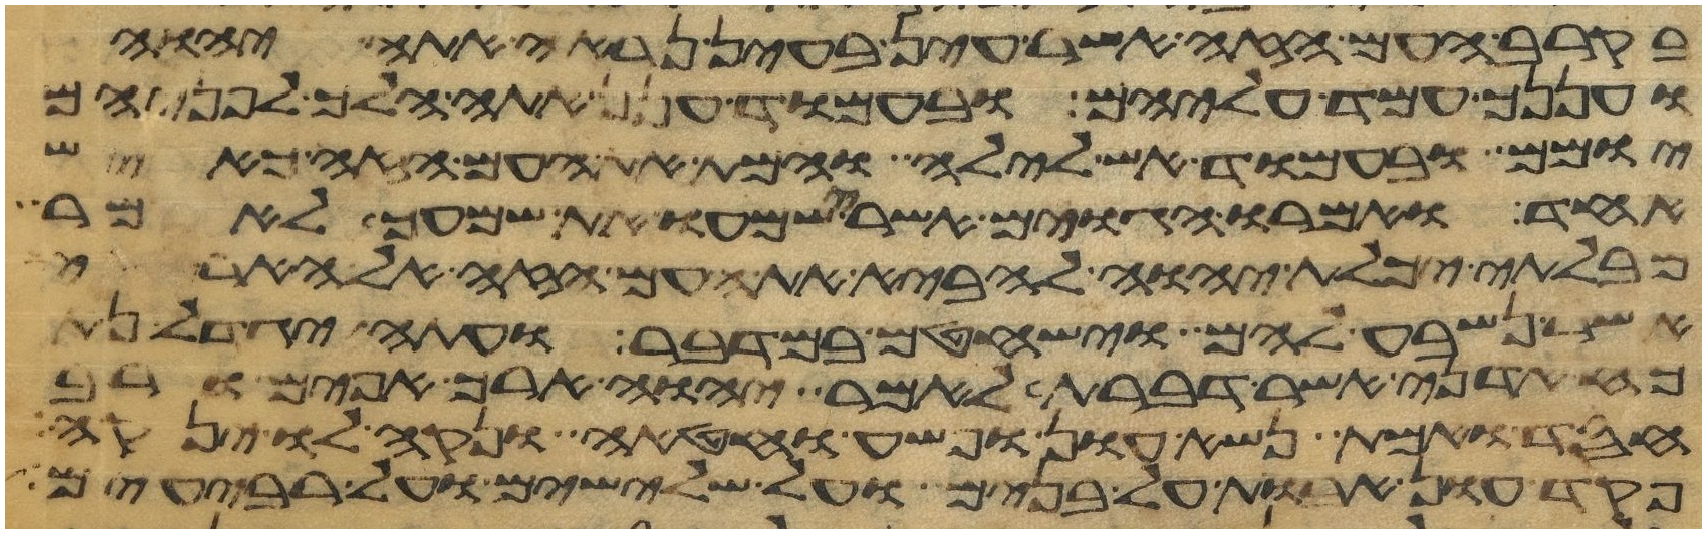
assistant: בקרב העם הזה אשר עין בעין נראה אתה יהוה
ועננך עמד עליהם ובעמוד ענן אתה הלך לפניהם
יומם ובעמוד אש לילה והמת את העם הזה כאיש
אחד ואמרו הגוים אשר שמעו את שמעך לאמר
מבלתי יכלת יהוה להביא את העם הזה אל הארץ
אשר נשבע להם וישחטם במדבר ועתה יגדל
כח אדני כאשר דברת לאמר יהוה ארך אפים ורב
חסד ואמת נשא עון ופשע וחטאה ונקה לו ינקה
פקד עון אבות על בנים על שלישים ועל רביעים